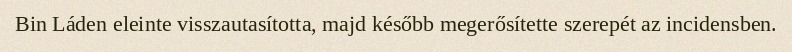
Bin Láden eleinte visszautasította, majd később megerősítette szerepét az incidensben.